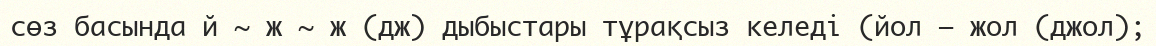
сөз басында й ~ ж ~ ж (дж) дыбыстары тұрақсыз келеді (йол — жол (джол);